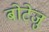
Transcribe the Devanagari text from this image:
बोटेजु